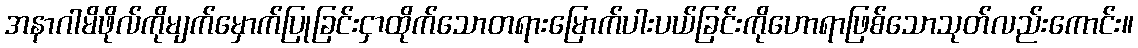
အနာဂါမိဖိုလ်ကိုမျက်မှောက်ပြုခြင်းငှာထိုက်သောတရားမြောက်ပါးပယ်ခြင်းကိုဟောရာဖြစ်သောသုတ်လည်းကောင်း။